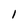
Character: 1